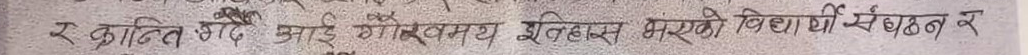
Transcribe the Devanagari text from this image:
र क्रान्ति अघि आई गोर्खा समय इतिहास भर्खर को विद्यार्थी संगठन र